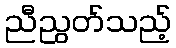
ညီညွတ်သည့်